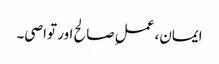
ایمان، عملِ صالح اور تواصی۔